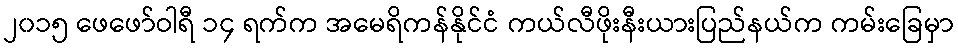
၂၀၁၅ ဖေဖော်ဝါရီ ၁၄ ရက်က အမေရိကန်နိုင်ငံ ကယ်လီဖိုးနီးယားပြည်နယ်က ကမ်းခြေမှာ